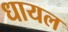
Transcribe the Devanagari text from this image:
धायल